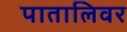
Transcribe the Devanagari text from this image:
पातालिवर